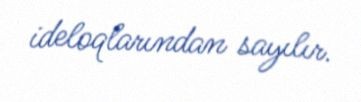
ideloqlarından sayılır.